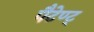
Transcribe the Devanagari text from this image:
पैटेण्ट्‍